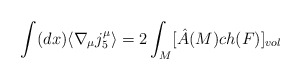
\begin{align*}\int (dx) \langle \nabla_{\mu}j_{5}^{\mu}\rangle = 2\int_{M}[\hat{A}(M)ch(F)]_{vol}\end{align*}